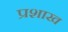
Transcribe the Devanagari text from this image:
प्रशाख